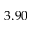
3 . 9 0